Report of the King Institute of Preventive Medicine, Guindy
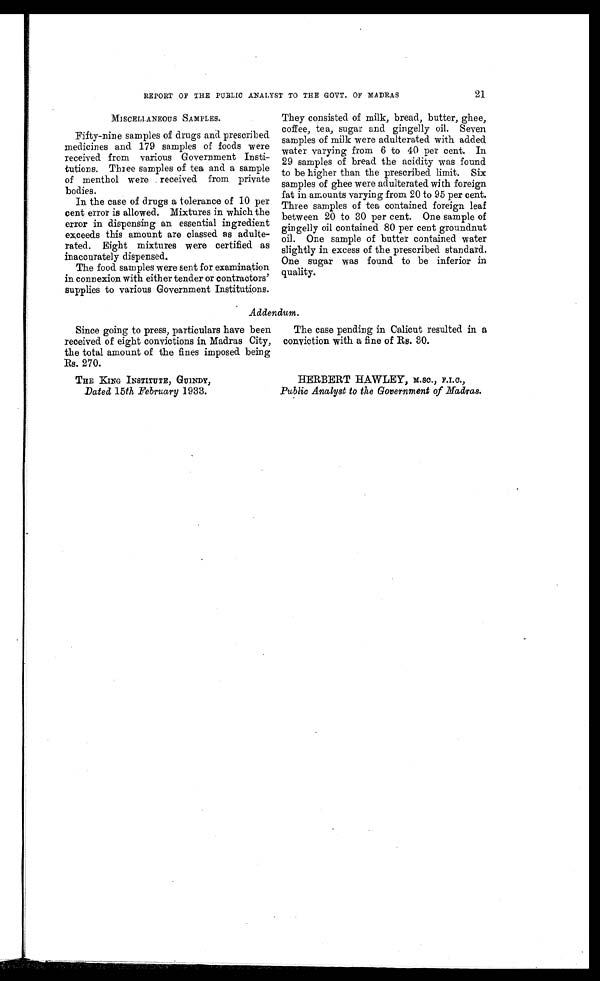
21
REPORT OF THE PUBLIC ANALYST TO THE GOVT. OF MADRAS
MISCELLANEOUS SAMPLES.
Fifty-nine samples of drugs and prescribed
medicines and 179 samples of foods were
received from various Government Insti
-tutions. Three samples of tea and a sample
of menthol were received from private
bodies.
In the case of drugs a tolerance of 10 per
cent error is allowed. Mixtures in which the
error in dispensing an essential ingredient
exceeds this amount are classed as adulte
-rated. Eight mixtures were certified as
inaccurately dispensed.
The food samples were sent for examination
in connexion with either tender or contractors
' supplies to various Government Institutions.
They consisted of milk, bread, butter, ghee,
coffee, tea, sugar and gingelly oil. Seven
samples of milk were adulterated with added
water varying from 6 to 40 per cent. In
29 samples of bread the acidity was found
to be higher than the prescribed limit. Six
samples of ghee were adulterated with foreign
fat in amounts varying from 20 to 95 per cent.
Three samples of tea contained foreign leaf
between 20 to 30 per cent. One sample of
gingelly oil contained 80 per cent groundnut
oil. One sample of butter contained water
slightly in excess of the prescribed standard.
One sugar was found to be inferior in
quality.
Addendum.
Since going to press, particulars have been
received of eight convictions in Madras City,
the total amount of the fines imposed being
Rs. 270.
THE KING INSTITUTE, GUINDY
,
Dated 15th February 1933.
The case pending in Calicut resulted in a
conviction with a fine of Rs. 30.
HERBERT HAWLEY, M.sc., F.I.C.,
Public Analyst to the Government of Madras.